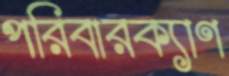
পরিবারক্যাণ